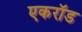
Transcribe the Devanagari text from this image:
एकरॉड